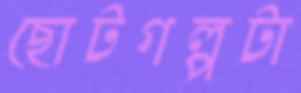
ছোটগল্পটা